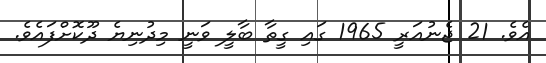
އެވެ. 21 ޖެނުއަރީ 1965 ގައި ގީތާ ބާލީ ވަނީ މިދުނިޔެ ދޫކޮށްފައެވެ.